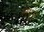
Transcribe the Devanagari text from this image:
लंगुरा